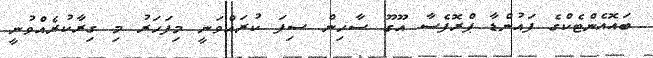
ބައޮއެންޓެކްގެ ފައުންޑާ ޕްރޮފެސާ އޫގޫ ސާހިން ސިފަ ކުރައްވަނީ މިފަހަރު މި ގިރާކުރެއްވުނީ